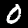
Digit: 0